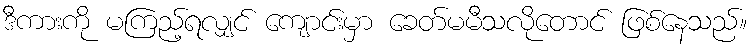
ဒီကားကို မကြည့်ရလျှင် ကျောင်းမှာ ခေတ်မမီသလိုတောင် ဖြစ်နေသည်။